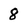
Character: 8